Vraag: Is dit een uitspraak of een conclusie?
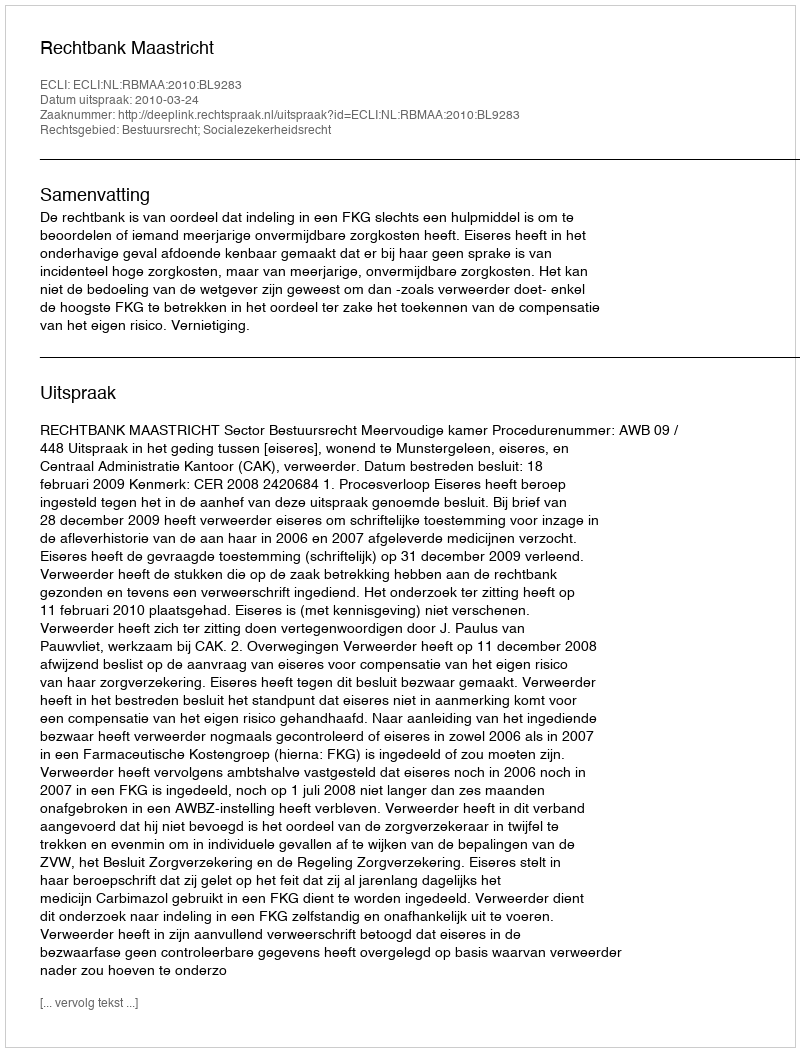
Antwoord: Uitspraak